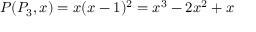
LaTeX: P ( P _ { 3 } , x ) = x ( x - 1 ) ^ { 2 } = x ^ { 3 } - 2 x ^ { 2 } + x